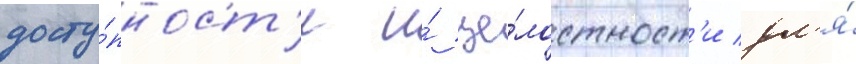
досту́пност'и и́ це́лостност'и дл'я́